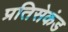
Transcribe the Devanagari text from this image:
प्रतिसेकंड